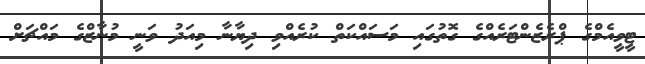
ޓީވީއެމްގެ ޕްރެޒެންޓަރެއްގެ ގޮތުގައި މަސައްކަތް ކުރެއްވި ދިޔާނާ މިއަދު ވަނީ މުނާޒްގެ މައްޗަށް